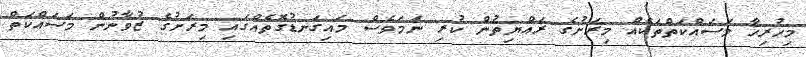
މިހުރިހާ މަސައްކަތްތަކެއް މިރަށުގެ ރައްޔިތުން ކުރި ނަމަވެސް މައިގަނޑުގޮތެއްގައި މިރަށުގެ ޒުވާނުން މަސައްކަތް